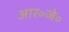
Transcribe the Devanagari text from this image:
आर॰जे॰